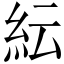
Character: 紜